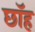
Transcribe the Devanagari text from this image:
छॉह